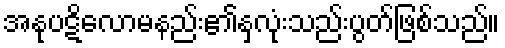
အနုပဋိလောမနည်း၏နှလုံးသည်းပွတ်ဖြစ်သည်။